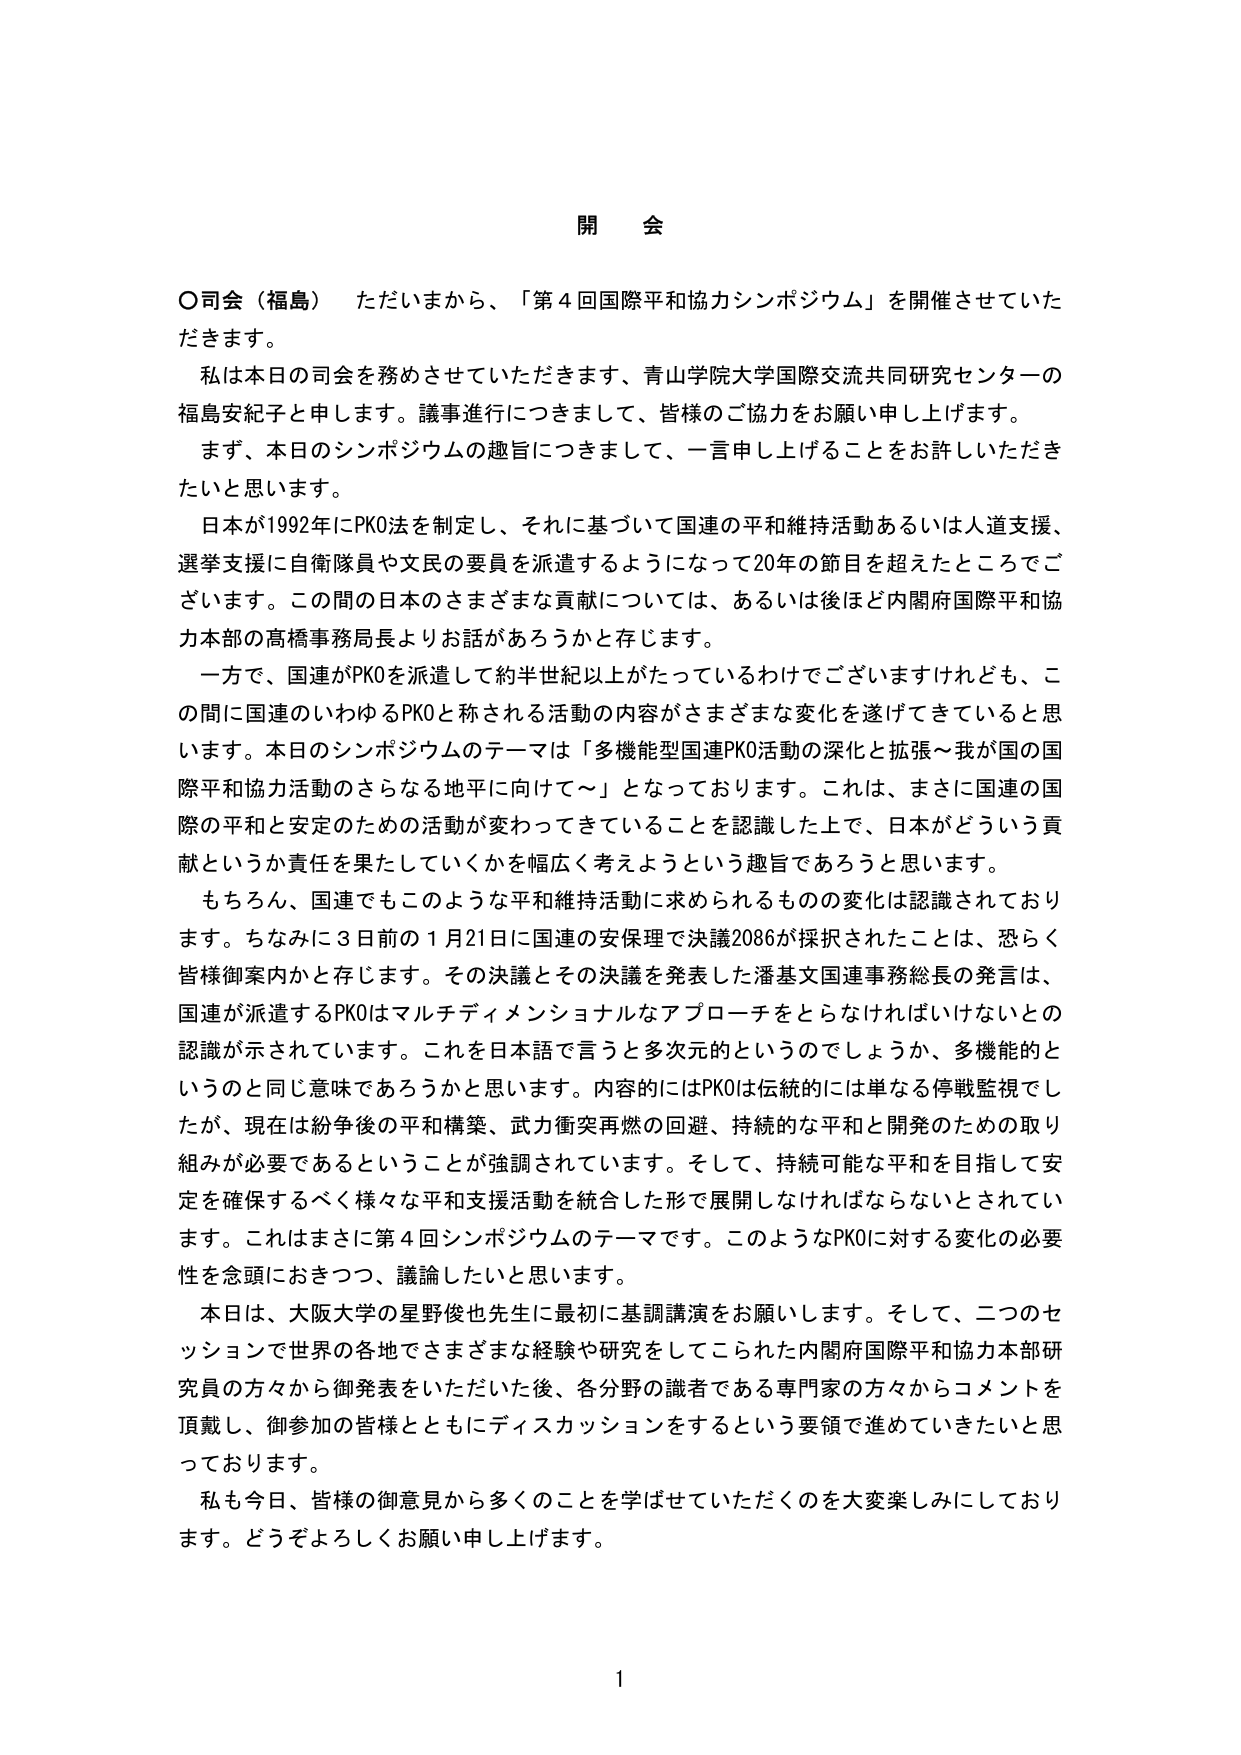
開 会

○司会（福島） ただいまから、「第４回国際平和協力シンポジウム」を開催させていただきます。

私は本日の司会を務めさせていただきます、青山学院大学国際交流共同研究センターの福島安紀子と申します。議事進行につきまして、皆様のご協力をお願い申し上げます。

まず、本日のシンポジウムの趣旨につきまして、一言申し上げることをお許しいただきたいと思います。

日本が1992年にPKO法を制定し、それに基づいて国連の平和維持活動あるいは人道支援、選挙支援に自衛隊員や文民の要員を派遣するようになって20年の節目を超えたところでございます。この間の日本さまざまな貢献については、あるいは後ほど内閣府国際平和協力本部の高橋事務局長よりお話があるうかと存じます。

一方で、国連がPKOを派遣して約半世紀以上がたっているわけでございますけれども、この間に国連のいわゆるPKOと称される活動の内容がさまざまな変化を遂げてきていると思います。本日のシンポジウムのテーマは「多機能型国連PKO活動の深化と拡張～我が国の国際平和協力活動のさらなる地平に向けて～」となっております。これは、まさに国連の国際の平和と安定のための活動が変わってきていることを認識した上で、日本がどういう貢献というか責任を果たしていくかを幅広く考えようという趣旨であろうと思います。

もちろん、国連でもこのような平和維持活動に求められるものの変化は認識されております。ちなみに3日前の1月21日に国連の安保理で決議2086が採択されたことは、恐らく皆様御案内かと存じます。その決議とその決議を発表した潘基文国連事務総長の発言は、国連が派遣するPKOはマルチディメンショナルなアプローチをとらなければならないとの認識が示されています。これを日本語で言うと多次元的というのでしょうか、多機能的というのと同じ意味であろうかと思います。内容的にはPKOは伝統的には単なる停戦監視でしたが、現在は紛争後の平和構築、武力衝突再燃の回避、持続的な平和と開発のための取り組みが必要であるということが強調されています。そして、持続可能な平和を目指して安定を確保するべく様々な平和支援活動を統合した形で展開しなければならないとされています。これはまさに第4回シンポジウムのテーマです。このようなPKOに対する変化の必要性を念頭におきつつ、議論したいと思います。

本日は、大阪大学の星野俊也先生に最初に基調講演をお願いします。そして、二つのセッションで世界各地でさまざまな経験や研究をしてこられた内閣府国際平和協力本部研究員の方々から御発表をいただいた後、各分野の識者である専門家の方々からコメントを頂戴し、御参加の皆様とともにディスカッションをするという要領で進めていきたいと思っています。

私も今日、皆様の御意見から多くのことを学ばせていただくのを大変楽しみにしております。どうぞよろしくお願い申し上げます。

1